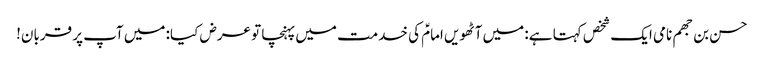
حسن بن جھم نامی ایک شخص کہتا ہے: میں آٹھویں امامؑ کی خدمت میں پہنچا تو عرض کیا: میں آپ پر قربان!